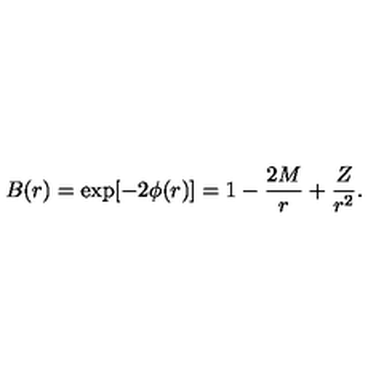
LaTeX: B ( r ) = \exp [ - 2 \phi ( r ) ] = 1 - { \frac { 2 M } { r } } + { \frac { Z } { r ^ { 2 } } } .